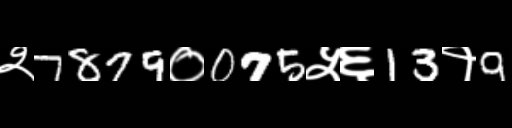
Text: २7879०075५६13१9